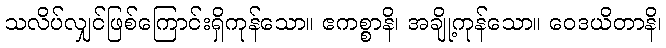
သလိပ်လျှင်ဖြစ်ကြောင်းရှိကုန်သော။ ဧကစ္စာနိ၊ အချို့ကုန်သော။ ဝေဒယိတာနိ၊